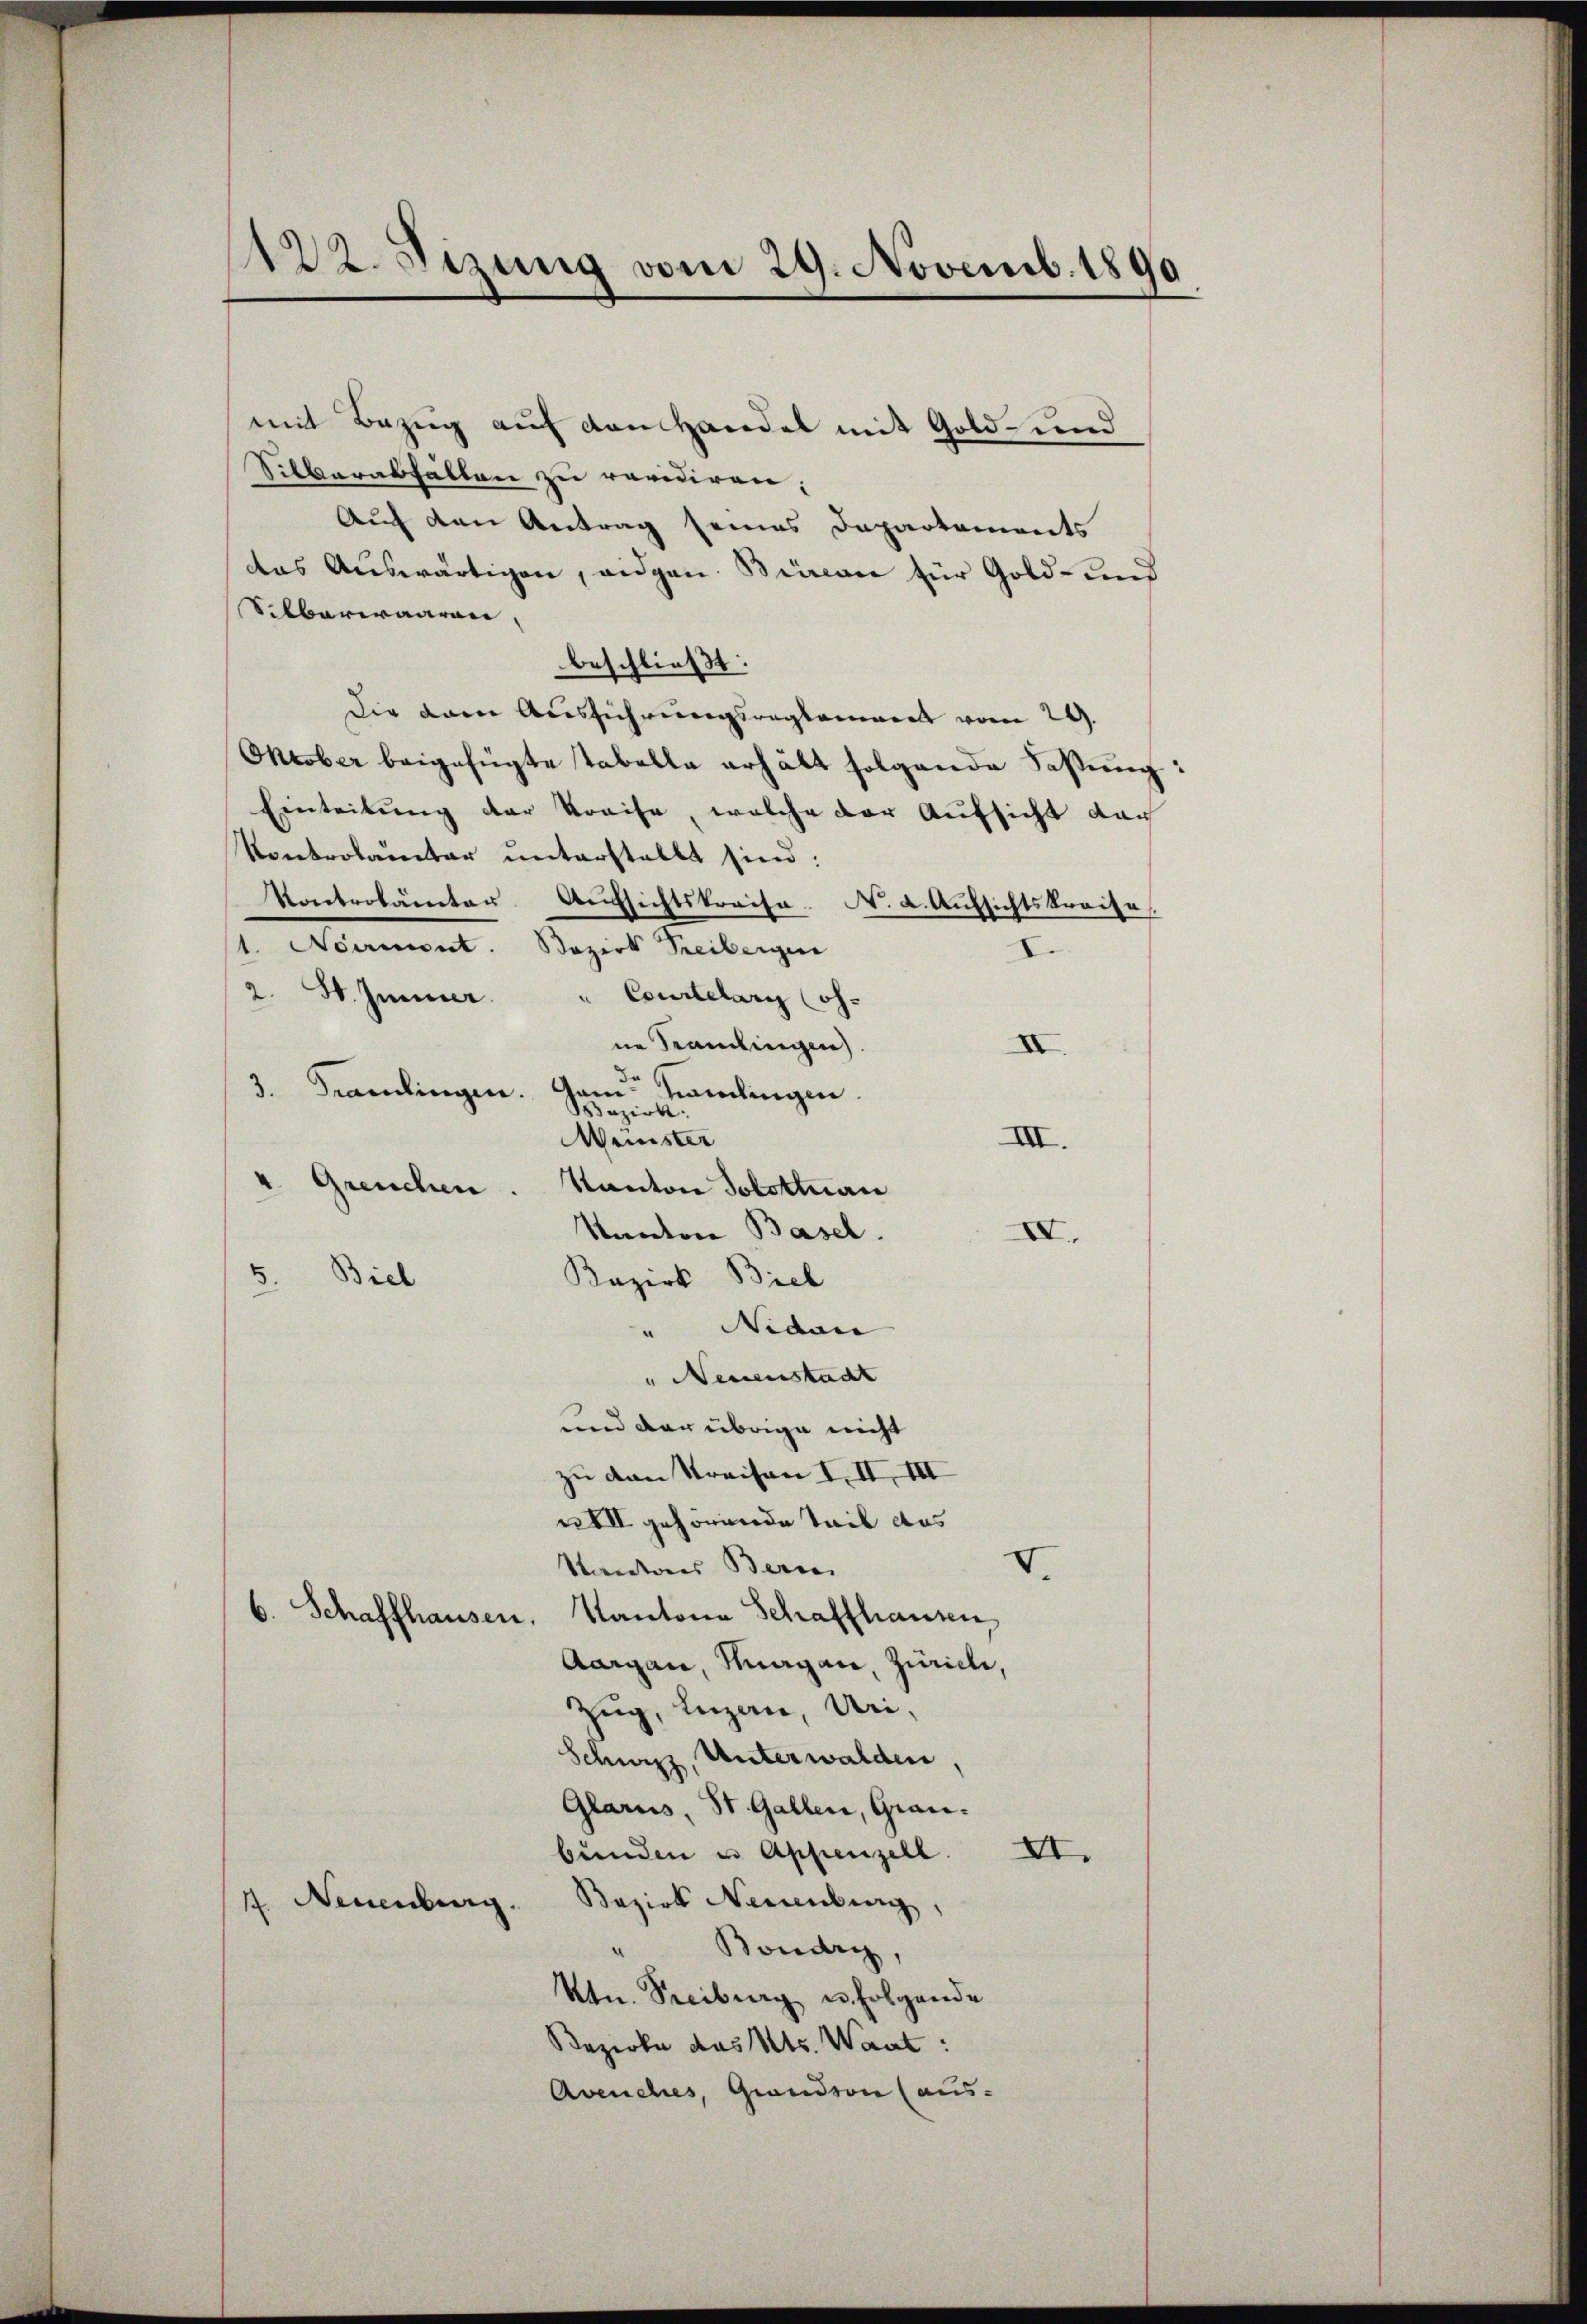
mit Bezug auf den Handel mit Gold- und
Silberabfällen zu revidiren;
Auch den Antrag seines Departements
das Auswärtigen, eidgen. Binon für Gold- und
Silberwaaren,
beschließt:
Die kam Ausführungsreglement vom 29.
Oktober beigefügte Tabelle erhält folgende Fassung:
Einleitung der Kreise, welche der Aufsicht dar
Kontrolamter unterstellt sind:
Kontrolamter. Aŭfsichtskreise. N. a. Aŭfsichtskreise
1. Neumont. Bezirk Freibergen
2.
St. Jenner
" Courtelary (oh-
ne Frandlungen.
II
da
3. Candingen. Gam Namlingen.
Bezirk
Meister
III.
4. Greuchen.
Kanton Solottan
Kanton Basel.
VV.
5. Biel Bezirk Biel
" Nidau
" Neuenstacht
und der übrige nicht
zu den Kreisen I. II, III
XIII gehörende Teil das
d
Kantons Beri
6. Schaffhausen. Kantone Schaffhausen,
Aargau, Thurgau, Züricle,
Zug, Luzern, Uri,
Schwyz, Unterwalden,
Glarus, St. Gallen, Grau.
bünden u Appenzell.
XI.
Bezirk Neuenburg,
4 Neuenburg.
Bondry,
Ktn. Treiburg u. folgende
Bezirke des Kts. Want:
Avenches, Grandson (aus-

122. Sizung vom 29. Novemb. 1890